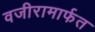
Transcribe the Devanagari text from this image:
वजीरामार्फत